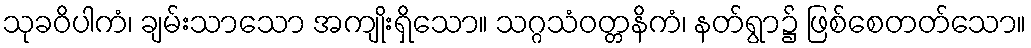
သုခဝိပါကံ၊ ချမ်းသာသော အကျိုးရှိသော။ သဂ္ဂသံဝတ္တနိကံ၊ နတ်ရွာ၌ ဖြစ်စေတတ်သော။